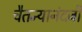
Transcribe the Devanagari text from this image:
चैतन्यानंदजी